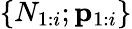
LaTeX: \{ N_{1:i};\mathbf{p}_{1:i}\}